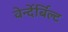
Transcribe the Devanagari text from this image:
वेर्न्देर्बिल्ट